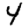
Digit: 4